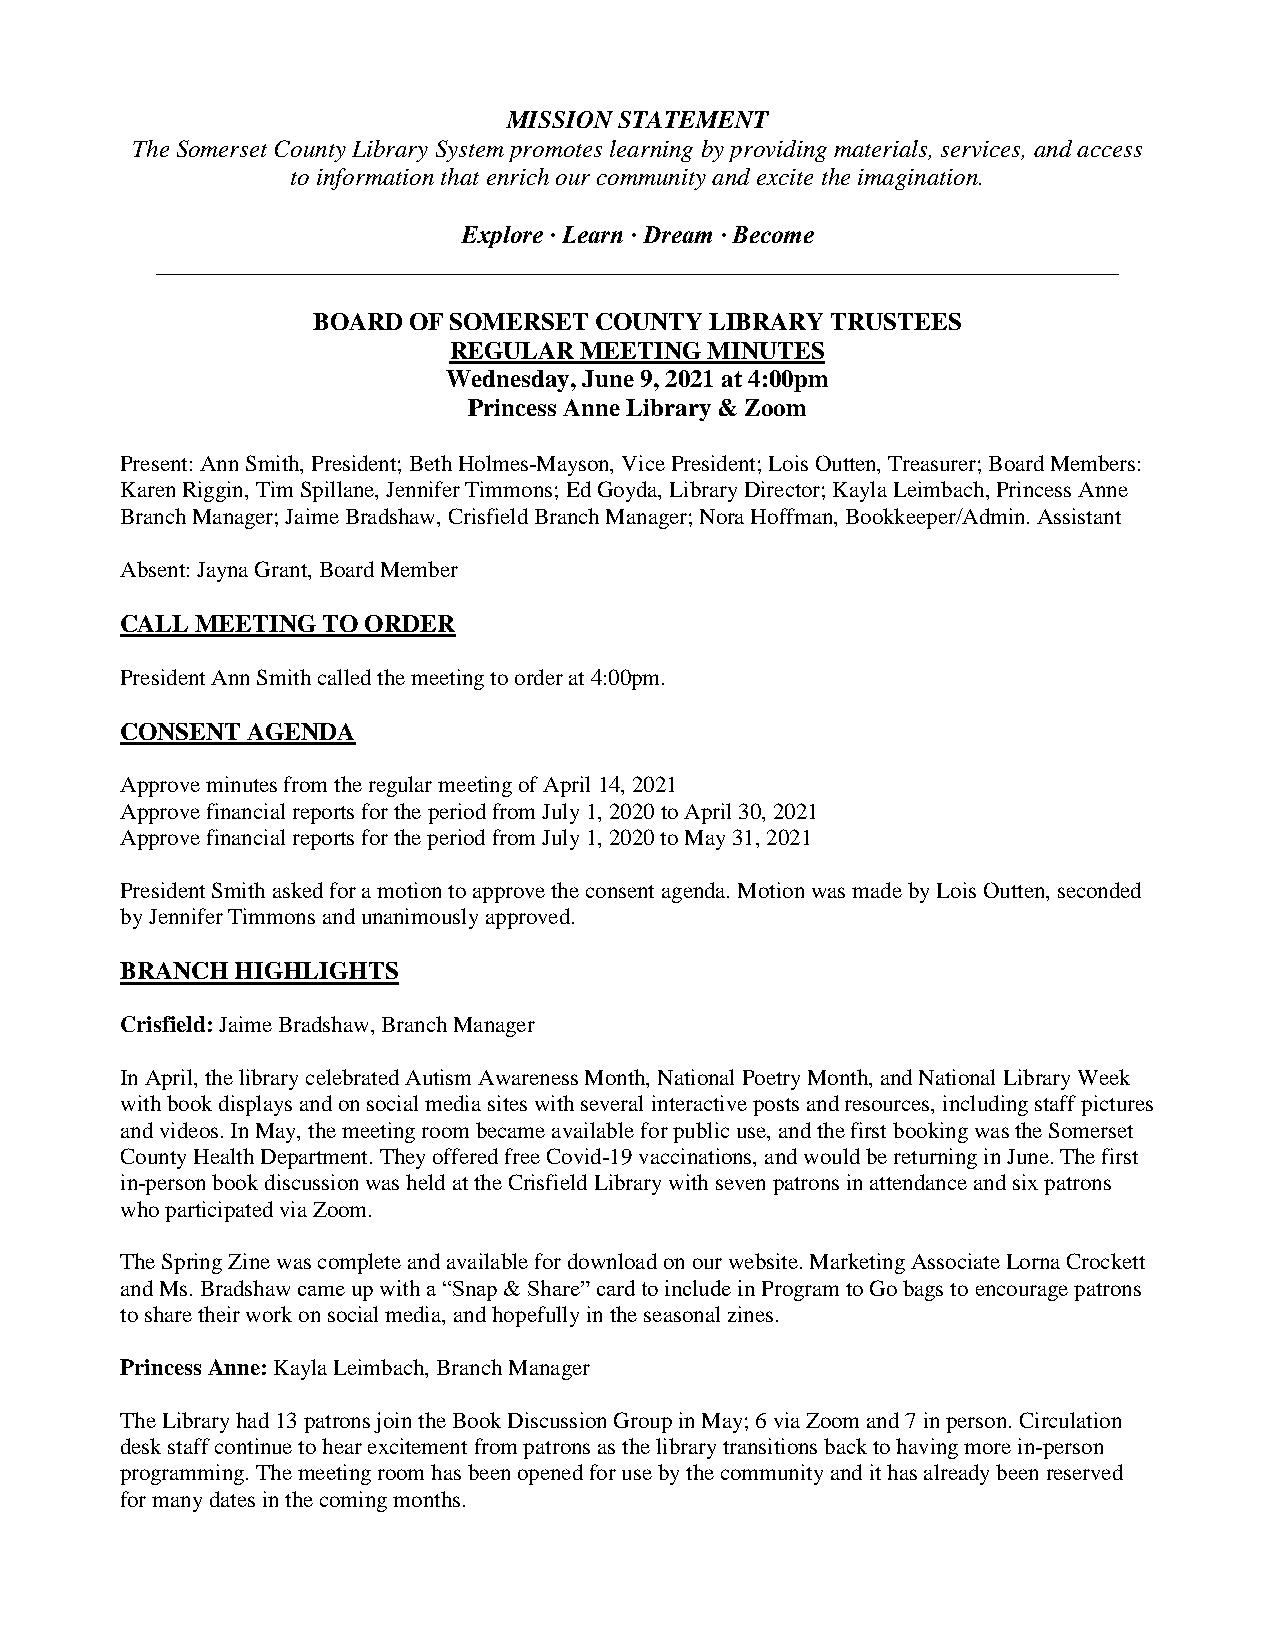
MISSION STATEMENT
 The Somerset County Library System promotes learning by providing materials, services, and access
 to information that enrich our community and excite the imagination.
 Explore ∙ Learn ∙ Dream ∙ Become
 _____________________________________________________________________________
 BOARD OF SOMERSET COUNTY  LIBRARY TRUSTEES
 REGULAR MEETING  MINUTES
 Wednesday, June 9, 2021 at 4:00pm
 Princess Anne Library & Zoom
 Present: Ann Smith, President; Beth Holmes-Mayson, Vice President; Lois Outten, Treasurer; Board Members:
 Karen Riggin, Tim Spillane, Jennifer Timmons; Ed Goyda, Library Director; Kayla Leimbach, Princess Anne
 Branch Manager; Jaime Bradshaw, Crisfield Branch Manager; Nora Hoffman, Bookkeeper/Admin. Assistant
 Absent: Jayna Grant, Board Member
 CALL MEETING TO ORDER
 President Ann Smith called the meeting to order at 4:00pm.
 CONSENT AGENDA
 Approve minutes from the regular meeting of April 14, 2021
 Approve financial reports for the period from July 1, 2020 to April 30, 2021
 Approve financial reports for the period from July 1, 2020 to May 31, 2021
 President Smith asked for a motion to approve the consent agenda. Motion was made by Lois Outten, seconded
 by Jennifer Timmons and unanimously approved.
 BRANCH  HIGHLIGHTS
 Crisfield: Jaime Bradshaw, Branch Manager
 In April, the library celebrated Autism Awareness Month, National Poetry Month, and National Library Week
 with book displays and on social media sites with several interactive posts and resources, including staff pictures
 and videos. In May, the meeting room became available for public use, and the first booking was the Somerset
 County Health Department. They offered free Covid-19 vaccinations, and would be returning in June. The first
 in-person book discussion was held at the Crisfield Library with seven patrons in attendance and six patrons
 who participated via Zoom.
 The Spring Zine was complete and available for download on our website. Marketing Associate Lorna Crockett
 and Ms. Bradshaw came up with a “Snap & Share” card to include in Program to Go bags to encourage patrons
 to share their work on social media, and hopefully in the seasonal zines.
 Princess Anne: Kayla Leimbach, Branch Manager
 The Library had 13 patrons join the Book Discussion Group in May; 6 via Zoom and 7 in person. Circulation
 desk staff continue to hear excitement from patrons as the library transitions back to having more in-person
 programming. The meeting room has been opened for use by the community and it has already been reserved
 for many dates in the coming months.